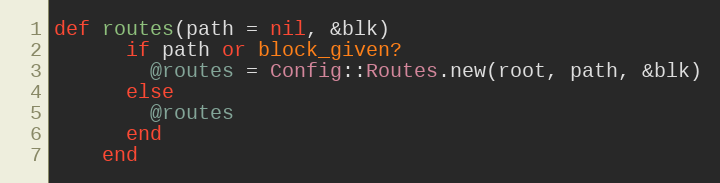
Language: Ruby
def routes(path = nil, &blk)
      if path or block_given?
        @routes = Config::Routes.new(root, path, &blk)
      else
        @routes
      end
    end